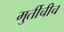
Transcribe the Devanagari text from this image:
मुर्तीचीच